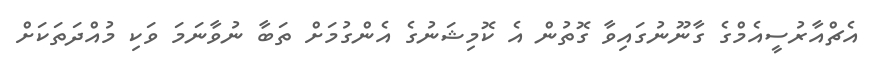
އެޗްއާރުސީއެމްގެ ގާނޫނުގައިވާ ގޮތުން އެ ކޮމިޝަނުގެ އެންގުމަށް ތަބާ ނުވާނަމަ ވަކި މުއްދަތަކަށް